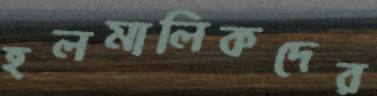
হলমালিকদের